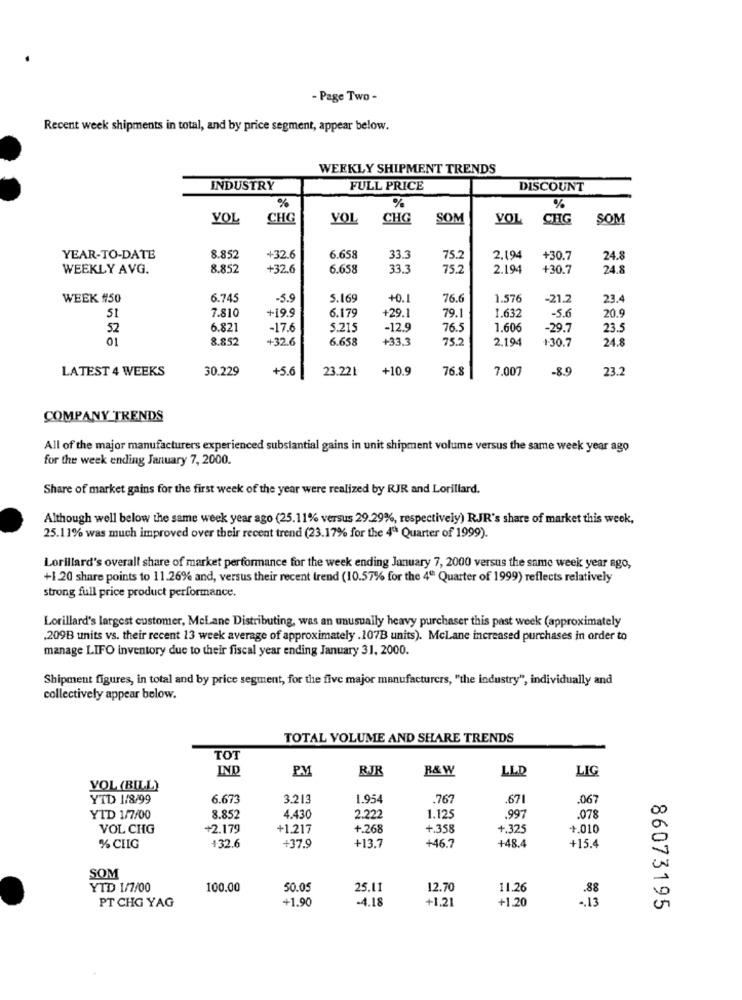
- Page Two -
Recent week shipments in total, and by price segment, appear below.
WEEKLY SHIPMENT TRENDS
INDUSTRY
FULL PRICE
DISCOUNT
%
%
VOL
CHG
YOL
CHG
SOM
VOL
CHTG
SOM
YEAR-TO-DATE
8.852
+32.6
6.658
33.3
75.2
2.194
+30.7
24.8
WEEKLY AVG.
8.852
+32.6
6.658
33.3
75.2
2.194
+30.7
24.8
WEEK #50
6.745
-5.9
5.169
+0.1
76.6
1.576
-21.2
23.
7.810
+19.9
+29.1
79.1
1.632
-5.6
51
6.179
20.9
52
6.821
-17.6
5.215
-12.9
76.5
1.606
-29.7
23.5
01
8.852
+32.6
6.658
+33.3
75.2
2.194
+30.7
24.8
LATEST 4 WEEKS
30.229
+5.6
23.221
+10.9
76.8
7.007
-8.9
23.
COMPANY TRENDS
All of the major manufacturers experienced substantial gains in unit shipment volume versus the same week year ago
for the week ending January 7, 2000.
Share of market gains for the first week of the year were realized by RJR and Lorillard.
Although well below the same week year ago (25.11% versus 29.29%, respectively) RJR's share of market this week,
25.11% was much improved over their recent trend (23.17% for the 4" Quarter of 1999).
Lorillard's overall share of market performance for the week ending January 7, 2000 versus the same week year ago,
+1.20 share points to 11.26% and, versus their recent trend (10.57% for the 4" Quarter of 1999) reflects relatively
strong full price product performance.
Lorillard's largest customer, MeLane Distributing, was an unusually heavy purchaser this past week (approximately
.209B units vs. their recent 13 week average of approximately .107B units). McLane increased purchases in order to
manage LIFO inventory due to their fiscal year ending January 31, 2000.
Shipment figures, in total and by price segment, for the five major manufacturers, "the industry", individually and
collectively appear below.
TOTAL VOLUME AND SHARE TRENDS
TOT
IND
PM
RJR
R& W
LLD
LIG
VOL (BILL)
YTD 1/8/99
6.673
3.213
1.954
.767
.671
.067
00
YTD 1/7/00
8.852
4.430
2.222
1.125
.997
.078
VOL CHG
+2.179
+1.217
+.268
+.358
+.325
+.010
0
0
% CHIG
+32.6
+37.9
+13.7
+46.7
+48.4
+15.4
SOM
YTD 1/7/00
100.00
50.05
25.11
12.70
11.26
.88
PT CHG YAG
+1.90
-4.18
+1.21
+1.20
-. 13
86073195